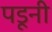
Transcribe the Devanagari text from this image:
पडूनी